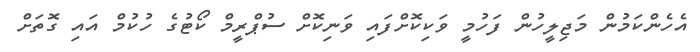
އެހެންކަމުން މަޖިލީހުން ފަހުމީ ވަކިކޮށްފައި ވަނިކޮށް ސުޕްރީމް ކޯޓުގެ ހުކުމް އައި ގޮތަށް